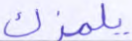
يلمزك